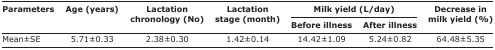
<table><thead><tr><td rowspan="3"><b>Parameters</b></td><td rowspan="3"><b>Age (years)</b></td><td rowspan="3"><b>Lactation chronology (No)</b></td><td rowspan="3"><b>Lactation stage (month)</b></td><td colspan="2"><b>Milk yield (L/day)</b></td><td rowspan="3"><b>Decrease in milk yield (%)</b></td></tr><tr><td><b>Before illness</b></td><td><b>After illness</b></td></tr></thead><tbody><tr><td>Mean±SE</td><td>5.71±0.33</td><td>2.38±0.30</td><td>1.42±0.14</td><td>14.42±1.09</td><td>5.24±0.82</td><td>64.48±5.35</td></tr></tbody></table>